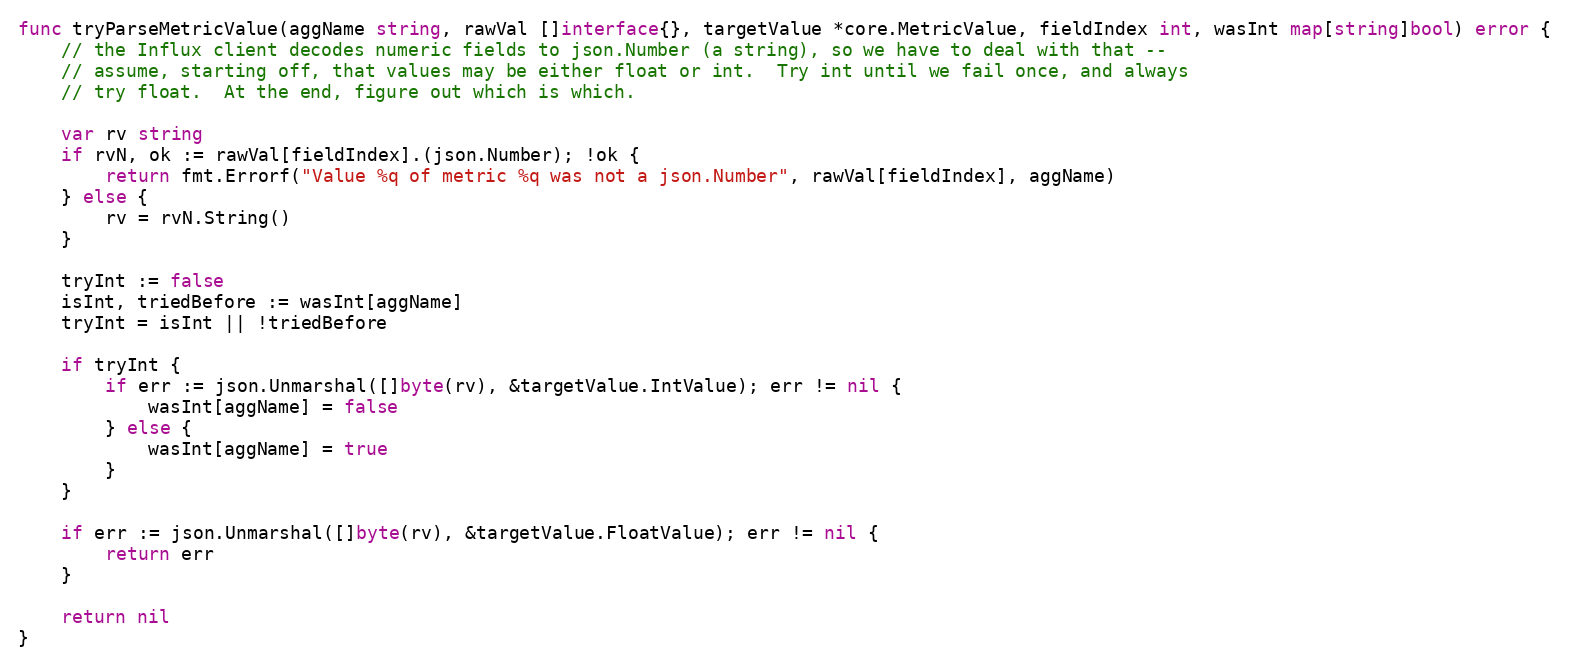
Language: Go
func tryParseMetricValue(aggName string, rawVal []interface{}, targetValue *core.MetricValue, fieldIndex int, wasInt map[string]bool) error {
	// the Influx client decodes numeric fields to json.Number (a string), so we have to deal with that --
	// assume, starting off, that values may be either float or int.  Try int until we fail once, and always
	// try float.  At the end, figure out which is which.

	var rv string
	if rvN, ok := rawVal[fieldIndex].(json.Number); !ok {
		return fmt.Errorf("Value %q of metric %q was not a json.Number", rawVal[fieldIndex], aggName)
	} else {
		rv = rvN.String()
	}

	tryInt := false
	isInt, triedBefore := wasInt[aggName]
	tryInt = isInt || !triedBefore

	if tryInt {
		if err := json.Unmarshal([]byte(rv), &targetValue.IntValue); err != nil {
			wasInt[aggName] = false
		} else {
			wasInt[aggName] = true
		}
	}

	if err := json.Unmarshal([]byte(rv), &targetValue.FloatValue); err != nil {
		return err
	}

	return nil
}